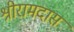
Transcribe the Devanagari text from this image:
श्रीरामदास